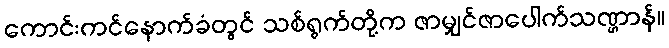
ကောင်းကင်နောက်ခံတွင် သစ်ရွက်တို့က ဇာမျှင်ဇာပေါက်သဏ္ဌာန်။